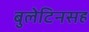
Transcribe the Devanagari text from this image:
बुलेटिनसह